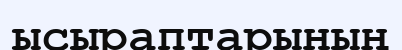
ысыраптарының